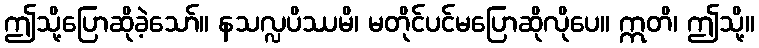
ဤသို့ပြောဆိုခဲ့သော်။ နသလ္လပိဿမိ၊ မတိုင်ပင်မပြောဆိုလိုပေ။ ဣတိ၊ ဤသို့။